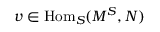
v \in { \mathrm { H o m } } _ { S } ( M ^ { S } , N )